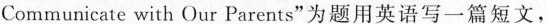
Communicate with Our Parents”为题用英语写一篇短文，